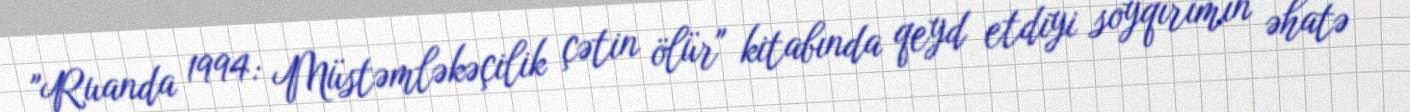
"Ruanda 1994: Müstəmləkəçilik çətin ölür" kitabında qeyd etdiyi soyqırımın əhatə